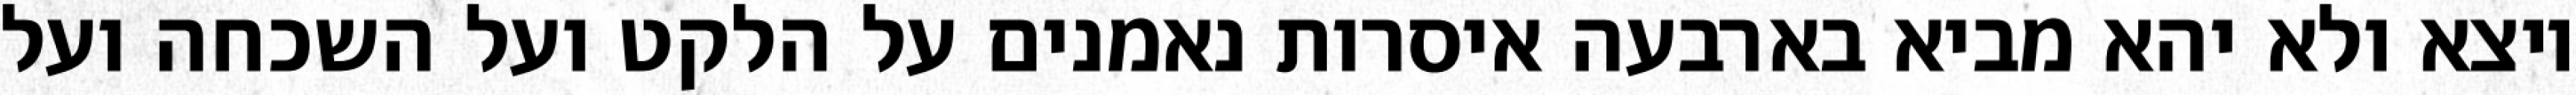
יוצא ולא יהא מביא בארבעה איסרות נאמנים על הלקט ועל השכחה ועל